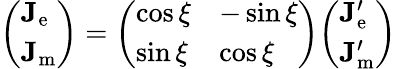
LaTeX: {\left(\begin{array}{l}{\mathbf{J}_{\mathrm{e}}}\\ {\mathbf{J}_{\mathrm{m}}}\end{array}\right)}={\left(\begin{array}{ll}{\cos\xi}&{-\sin\xi}\\ {\sin\xi}&{\cos\xi}\end{array}\right)}{\left(\begin{array}{l}{\mathbf{J}_{\mathrm{e}}^{\prime}}\\ {\mathbf{J}_{\mathrm{m}}^{\prime}}\end{array}\right)}